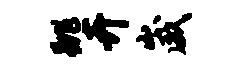
跳卉崴